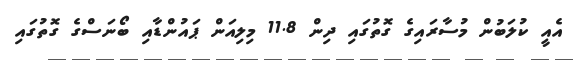
އެއީ ކުލަބުން މުސާރައިގެ ގޮތުގައި ދިން 11.8 މިލިއަން ޕައުންޑާއި ބޯނަސްގެ ގޮތުގައި